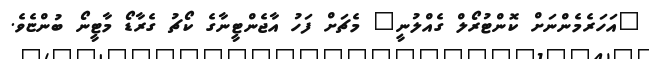
"އަަހަރެމެންނަށް ކޮންޓުރޯލް ގެއްލުނީ" މެޗަށް ފަހު އާޖެންޓީނާގެ ކޯޗު ގެރާޑޯ މާޓީނޯ ބުންޏެވެ.